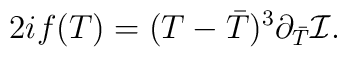
2i  f(T) =  (T- {\bar T})^3 \partial_{\bar T} {\cal I}.